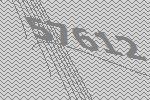
57612